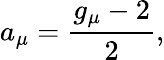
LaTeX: a_{\mu}=\frac{g_{\mu}-2}{2},